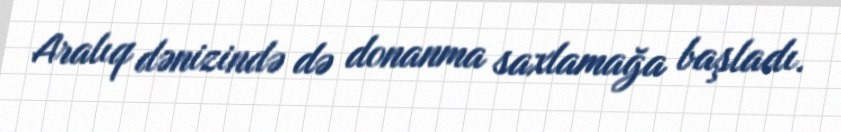
Aralıq dənizində də donanma saxlamağa başladı.